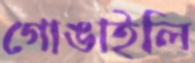
গোঙাইলি